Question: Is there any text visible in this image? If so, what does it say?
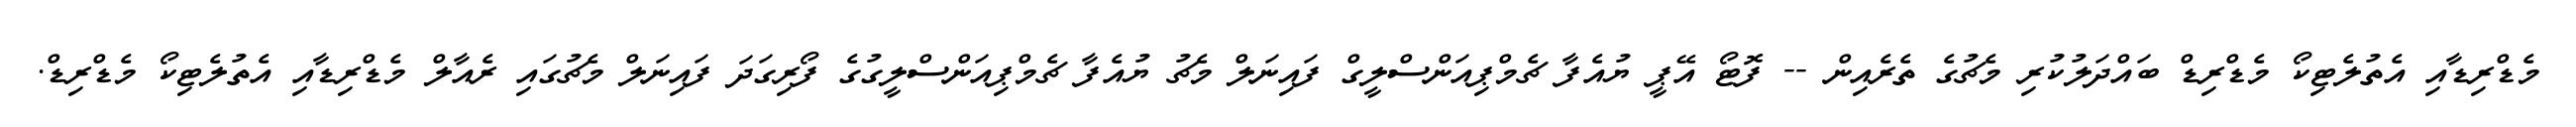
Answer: މެޑްރިޑާއި އެތުލެޓިކޯ މެޑްރިޑް ބައްދަލުކުރި މެޗުގެ ތެރެއިން -- ފޮޓޯ އޭޕީ ޔުއެފާ ޗެމްޕިއަންސްލީގް ފައިނަލް މެޗު ޔުއެފާ ޗެމްޕިއަންސްލީގުގެ ފޯރިގަދަ ފައިނަލް މެޗުގައި ރެއާލް މެޑްރިޑާއި އެތުލެޓިކޯ މެޑްރިޑް.